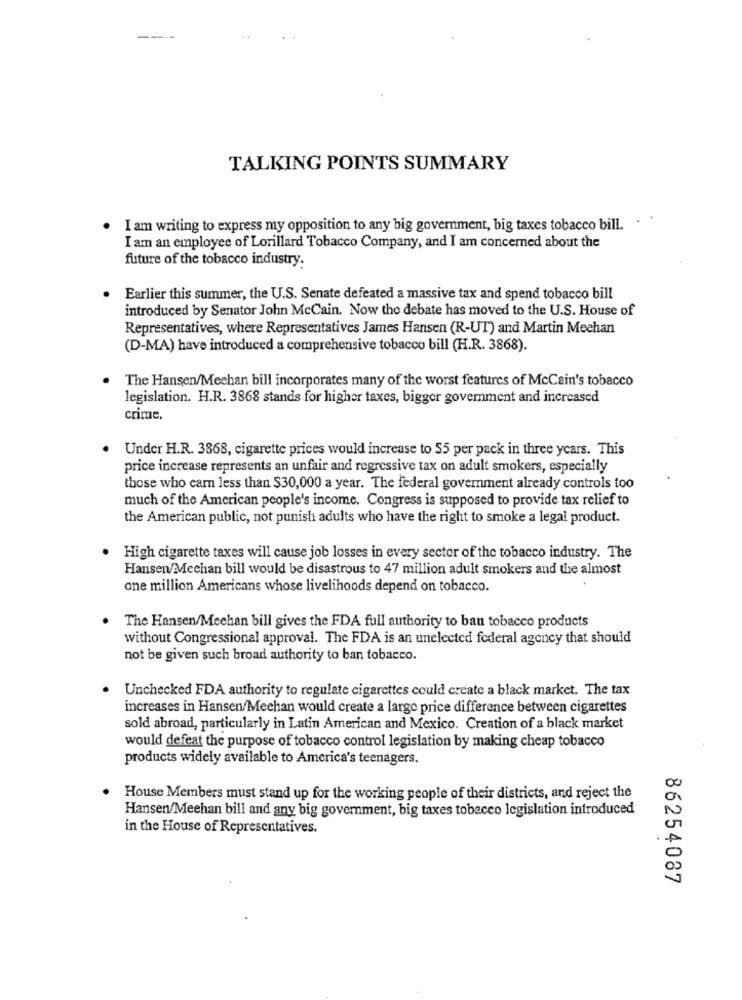
TALKING POINTS SUMMARY
. I am writing to express my opposition to any big government, big taxes tobacco bill. . .
I am an employee of Lorillard Tobacco Company, and I am concerned about the
future of the tobacco industry.
. Earlier this summer, the U.S. Senate defeated a massive tax and spend tobacco bill
introduced by Senator John McCain. Now the debate has moved to the U.S. House of
Representatives, where Representatives James Hansen (R-UT) and Martin Meehan
(D-MA) have introduced a comprehensive tobacco bill (H.R. 3868).
The Hansen/Mechan bill incorporates many of the worst features of McCain's tobacco
legislation. H.R. 3868 stands for higher taxes, bigger government and increased
crime.
Under H.R. 3868, cigarette prices would increase to $5 per pack in three years. This
price increase represents an unfair and regressive tax on adult smokers, especially
those who earn less than $30,000 a year. The federal government already controls too
much of the American people's income. Congress is supposed to provide tax relief to
the American public, not punish adults who have the right to smoke a legal product.
High cigarette taxes will cause job losses in every sector of the tobacco industry. The
Hansen/Mechan bill would be disastrous to 47 million adult smokers and the almost
one million Americans whose livelihoods depend on tobacco.
The Hansen/Mechan bill gives the FDA full authority to ban tobacco products
without Congressional approval. The FDA is an unelected federal agency that should
not be given such broad authority to ban tobacco.
Unchecked FDA authority to regulate cigarettes could create a black market. The tax
increases in Hansen/Meehan would create a large price difference between cigarettes
sold abroad, particularly in Latin American and Mexico. Creation of a black market
would defeat the purpose of tobacco control legislation by making cheap tobacco
products widely available to America's teenagers.
House Members must stand up for the working people of their districts, and reject the
Hansen/Meehan bill and any big government, big taxes tobacco legislation introduced
in the House of Representatives.
86254087